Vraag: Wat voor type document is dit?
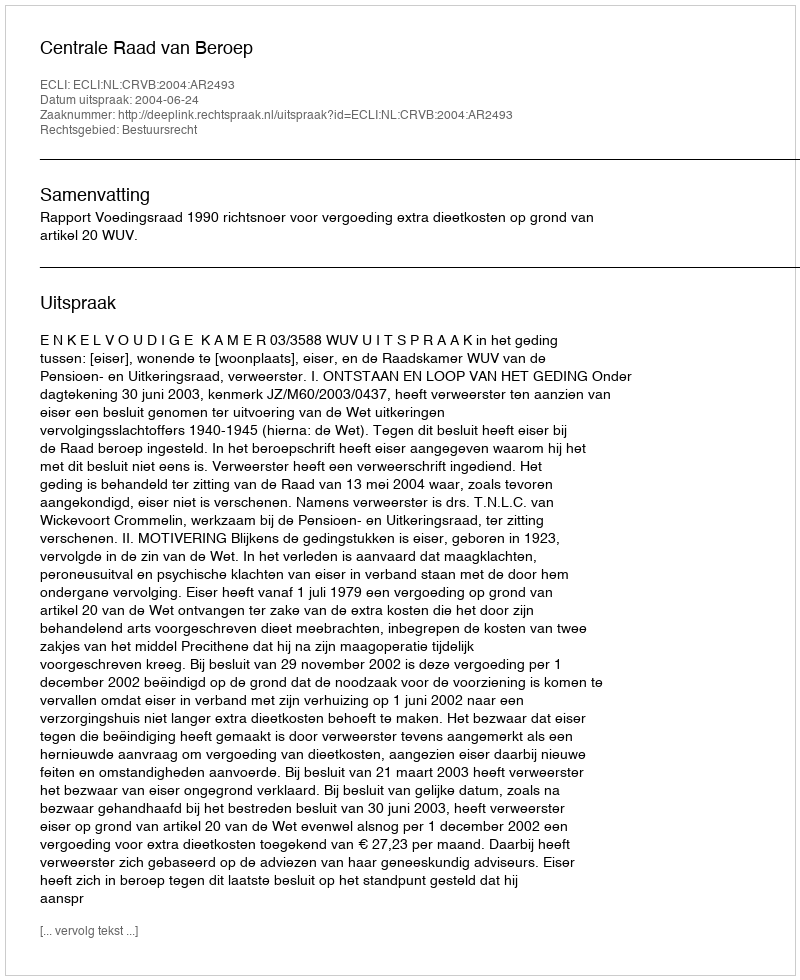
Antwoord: Uitspraak